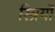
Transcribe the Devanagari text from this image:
स्‍त्रियों